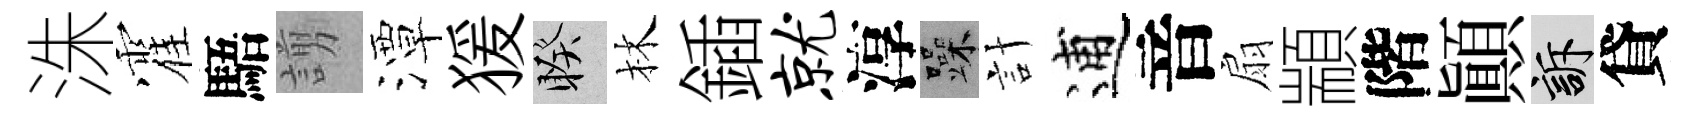
洙霍䮏謭潭猨睽林鍤就淳躁計逋音扇顓階顚訴貸